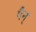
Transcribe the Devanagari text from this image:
पैन्